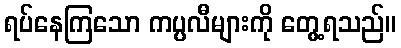
ရပ်နေကြသော ကပ္ပလီများကို တွေ့ရသည်။